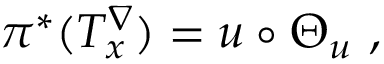
\pi ^ { * } ( T _ { x } ^ { \nabla } ) = u \circ \Theta _ { u } \ ,